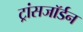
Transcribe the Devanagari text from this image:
ट्रांसजॉर्डन